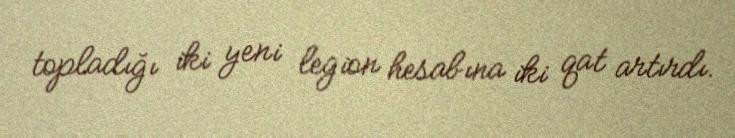
topladığı iki yeni legion hesabına iki qat artırdı.